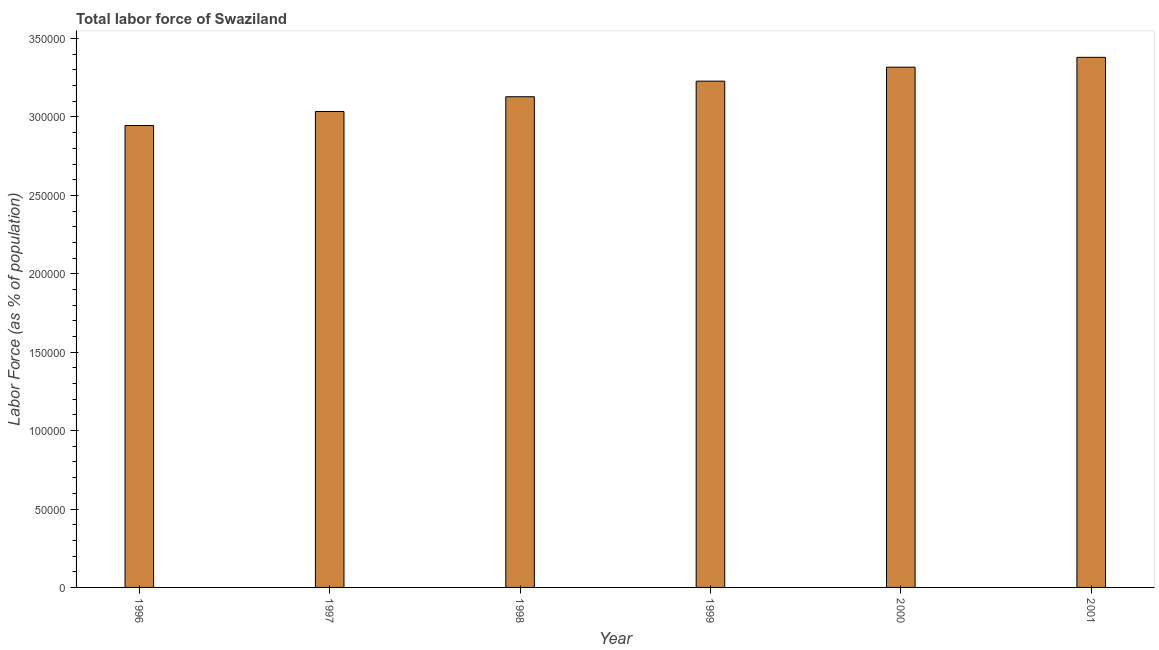
| Year | Labor force |
 | --- | --- |
 | 1996 | 2.95e+05 |
 | 1997 | 3.04e+05 |
 | 1998 | 3.13e+05 |
 | 1999 | 3.23e+05 |
 | 2000 | 3.32e+05 |
 | 2001 | 3.38e+05 |